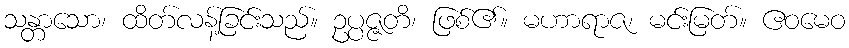
သန္တာသော၊ ထိတ်လန့်ခြင်းသည်။ ဥပ္ပဇ္ဇတိ၊ ဖြစ်၏။ မဟာရာဇ၊ မင်းမြတ်။ ဧဝမေဝ